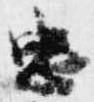
忠